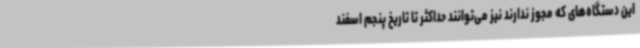
این دستگاه‌های که مجوز ندارند نیز می‌توانند حداکثر تا تاریخ پنجم اسفند